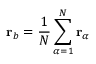
\mathbf { r } _ { b } = \frac { 1 } { N } \sum _ { \alpha = 1 } ^ { N } \mathbf { r } _ { \alpha }